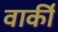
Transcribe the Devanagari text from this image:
वार्की